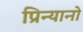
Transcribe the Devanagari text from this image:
प्रिन्यानो